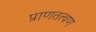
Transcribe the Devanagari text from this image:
प्राणतत्वण